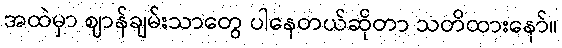
အထဲမှာ ဈာန်ချမ်းသာတွေ ပါနေတယ်ဆိုတာ သတိထားနော်။